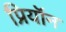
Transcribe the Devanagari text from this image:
प्रियॉन